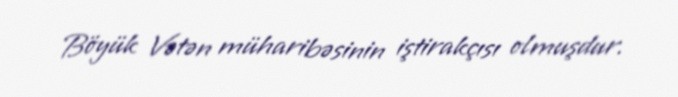
Böyük Vətən müharibəsinin iştirakçısı olmuşdur.